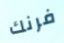
فرنك